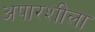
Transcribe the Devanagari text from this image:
अपारशीला